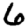
Digit: 6